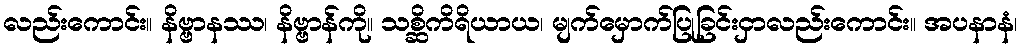
လည်းကောင်း။ နိဗ္ဗာနဿ၊ နိဗ္ဗာန်ကို။ သစ္ဆိကိရိယာယ၊ မျက်မှောက်ပြုခြင်းငှာလည်းကောင်း။ အပနာနံ၊